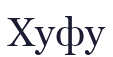
Хуфу